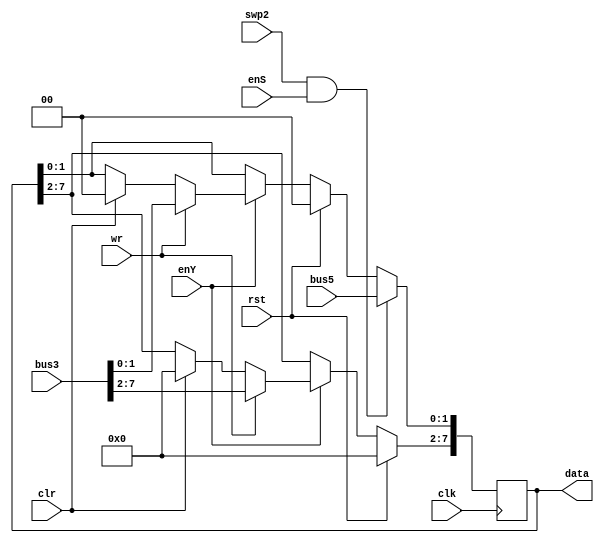
module R10(wr,rst,clr,enY,enS,swp2,clk,bus3,/*bus4,*/bus5,data
    );

input wr,enY,enS,rst,clr,swp2;
input clk;
input [1:0] bus5;
//output [1:0] bus4;
input [7:0] bus3;
output reg [7:0] data= 8'b0;

always @ (negedge clk) begin
	if (rst)
	   data<= 8'b0;
		
	else if (enY) begin
	if (wr)
	data <= bus3;
	else if (clr)
	data<= 8'b0; end
	
	//if (enC) begin 
	if (swp2 & enS)
	data[1:0]<= bus5;
   //end

end
	
endmodule